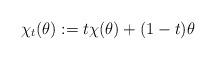
LaTeX: \begin{align*}\chi_t(\theta ):= t\chi (\theta ) + (1-t) \theta\end{align*}